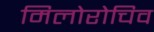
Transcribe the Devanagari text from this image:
मिलोरोचिव